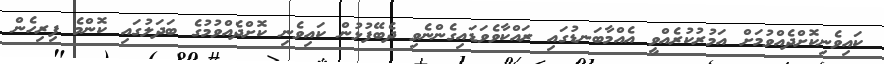
ކައިވެނިކޮށްދެއްވުމަށް އަމުރުކުރެއްވީ އެއްމާބަނޑުގައި ރައްކާވެވަޑައިގެންނެވި ދެބޭފުޅުން ކައިވެނި ކޮށްދެއްވުމުގެ ބަދަލުގައި ކޮންމެ ފިރިހެން